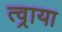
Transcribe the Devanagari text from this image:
त्व्राया